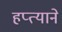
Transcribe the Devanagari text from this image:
हप्त्याने